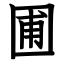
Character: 圃